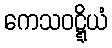
ကေသဝဋ္ဋိယံ